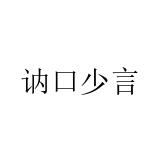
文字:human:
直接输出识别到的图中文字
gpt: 讷口少言